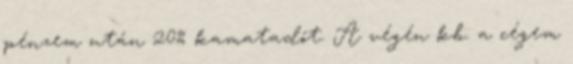
pénzem után 20% kamatadót. A végén kb. a cégem